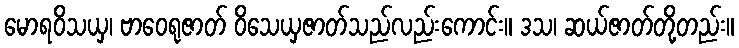
မောရဝိသယှ၊ ဗာဝေရုဇာတ် ဝိသေယှဇာတ်သည်လည်းကောင်း။ ဒသ၊ ဆယ်ဇာတ်တို့တည်း။